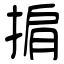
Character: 掮